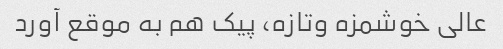
عالی خوشمزه وتازه، پیک هم به موقع آورد